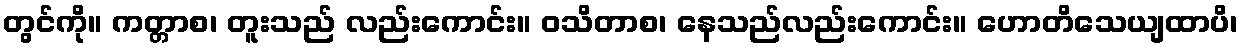
တွင်ကို။ ကတ္တာစ၊ တူးသည် လည်းကောင်း။ ဝသိတာစ၊ နေသည်လည်းကောင်း။ ဟောတိသေယျထာပိ၊